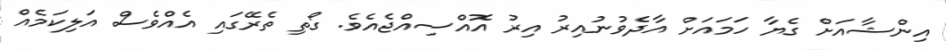
އިންޝާއަށް ގެޔާ ހަމައަށް އާދެވުނުއިރު އިރު އޮއްސިއްޖެއެވެ. ގޯތި ތެރޭގައި އެއްވެސް އަލިކަމެއް